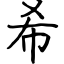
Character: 希